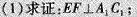
(1)求证：EF\perp A_{1}C_{1}；